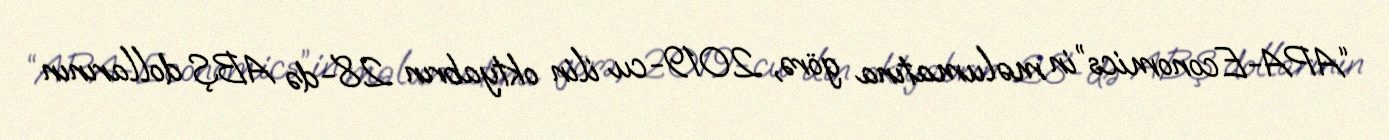
“APA-Economics”in məlumatına görə, 2019-cu ilin oktyabrın 28-də ABŞ dollarının